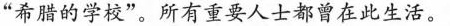
”希腊的学校”。所有重要人士都曾在此生活。